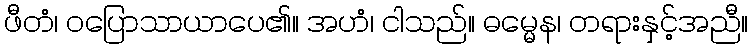
ဖီတံ၊ ဝပြောသာယာပေ၏။ အဟံ၊ ငါသည်။ ဓမ္မေန၊ တရားနှင့်အညီ။